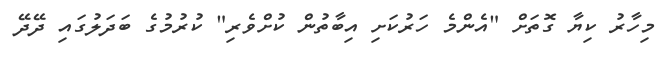
މިހާރު ކިޔާ ގޮތަށް "އެންމެ ހަރުކަށި އިބާތުން ކުށްވެރި" ކުރުމުގެ ބަދަލުގައި ދޭދޭ